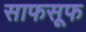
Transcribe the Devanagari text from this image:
साफसूफ